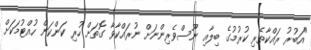
"އަބުރު ރައްކާތެރި ކުރުމުގެ ބިލާއި ނޫސްވެރިންނަށް ނުރައްކާވާ ގޮތަށް ހުރި ކަންކަން ހުއްޓުމަކަށް